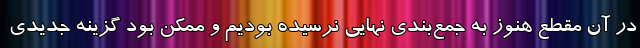
در آن مقطع هنوز به جمع‌بندی نهایی نرسیده‌ بودیم و ممکن بود گزینه جدیدی